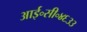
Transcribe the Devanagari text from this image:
आई॰सी॰४६३३